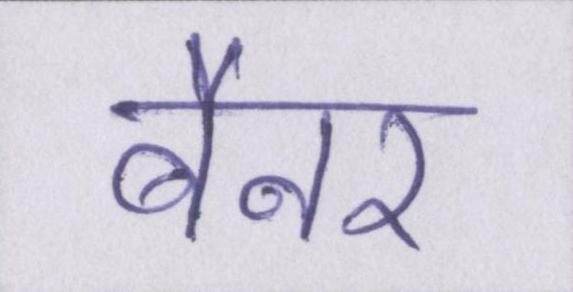
बैनर